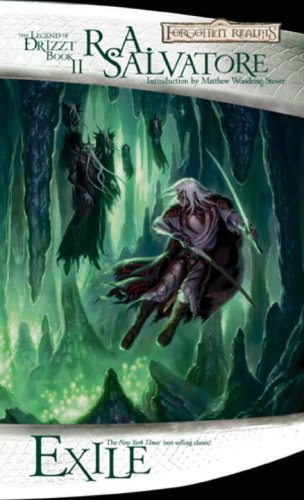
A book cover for Exile (The Legend of Drizzt); R.A. Salvatore; Science Fiction & Fantasy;